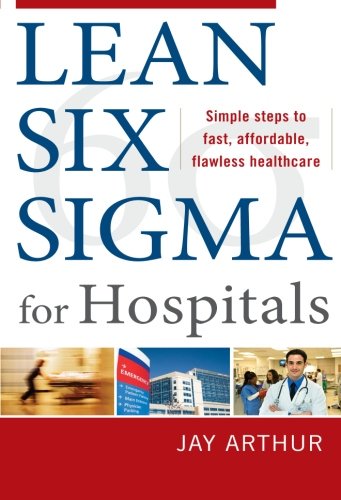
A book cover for Lean Six Sigma for Hospitals: Simple Steps to Fast, Affordable, and Flawless Healthcare; Jay Arthur; Medical Books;